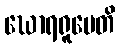
ဃောရရူပေတိ